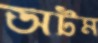
অটম